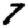
Digit: 7